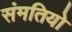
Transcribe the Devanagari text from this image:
संमतियो